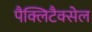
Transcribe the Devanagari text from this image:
पैक्लिटैक्सेल